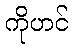
ကိုဟင်